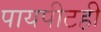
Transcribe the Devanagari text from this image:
पायपीटही